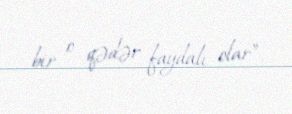
bir o qədər faydalı olar”.